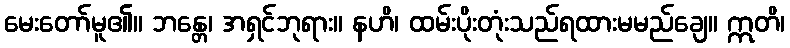
မေးတော်မူ၏။ ဘန္တေ၊ အရှင်ဘုရား။ နဟိ၊ ထမ်းပိုးတုံးသည်ရထားမမည်ချေ။ ဣတိ၊